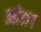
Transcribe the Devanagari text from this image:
आंत्र।